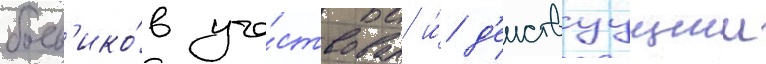
боев'ико́в уча́ствовал и́ д'еиствуущии